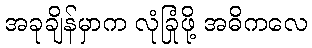
အခုချိန်မှာက လုံခြုံဖို့ အဓိကလေ